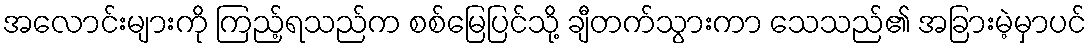
အလောင်းများကို ကြည့်ရသည်က စစ်မြေပြင်သို့ ချီတက်သွားကာ သေသည်၏ အခြားမဲ့မှာပင်